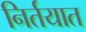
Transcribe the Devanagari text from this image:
निर्तयात